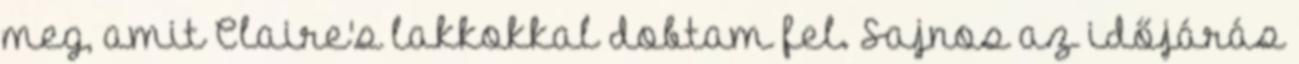
meg, amit Claire's lakkokkal dobtam fel. Sajnos az időjárás